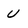
Character: U